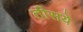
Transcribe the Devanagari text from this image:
तीसये